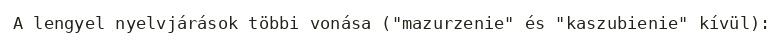
A lengyel nyelvjárások többi vonása ("mazurzenie" és "kaszubienie" kívül):